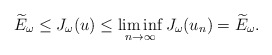
\begin{align*}\widetilde{E}_{\omega}\leq J_{\omega}(u)\leq\liminf_{n\rightarrow\infty}J_{\omega}(u_{n})=\widetilde{E}_{\omega}.\end{align*}